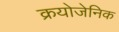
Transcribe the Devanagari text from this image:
क्रयोजेनिक